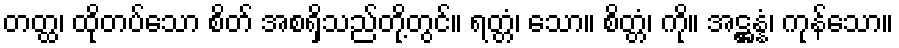
တတ္ထ၊ ထိုတပ်သော စိတ် အစရှိသည်တို့တွင်။ ရတ္တံ၊ သော။ စိတ္တံ၊ ကို။ အဋ္ဌန္နံ၊ ကုန်သော။